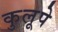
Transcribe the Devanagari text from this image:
कुलूपे